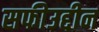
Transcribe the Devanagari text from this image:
सफीउद्दीन